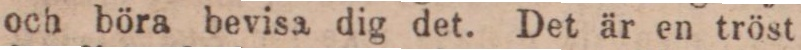
och böra bevisa dig det. Det är en tröst